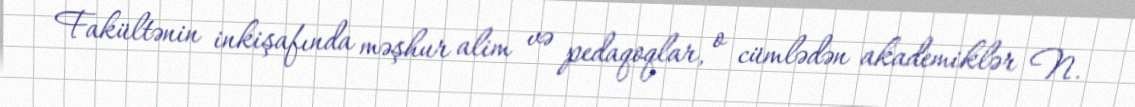
Fakültənin inkişafında məşhur alim və pedaqoqlar, o cümlədən akademiklər N.